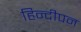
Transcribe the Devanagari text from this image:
हिन्दीपन